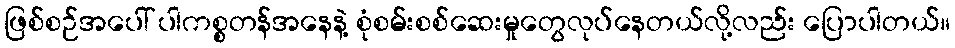
ဖြစ်စဉ်အပေါ် ပါကစ္စတန်အနေနဲ့ စုံစမ်းစစ်ဆေးမှုတွေလုပ်နေတယ်လို့လည်း ပြောပါတယ်။